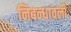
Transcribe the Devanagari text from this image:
निबन्‍धावली